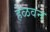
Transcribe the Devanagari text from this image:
हेळवन